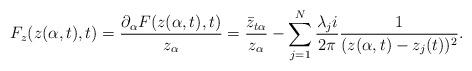
LaTeX: \begin{align*}F_z(z(\alpha,t),t)=\frac{\partial_{\alpha}F(z(\alpha,t),t)}{z_{\alpha}}=\frac{\bar{z}_{t\alpha}}{z_{\alpha}}-\sum_{j=1}^N\frac{\lambda_j i}{2\pi}\frac{1}{(z(\alpha,t)-z_j(t))^2}.\end{align*}